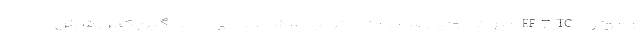
و موتور EF7TC نیز که اوایل سال جاری تولیدی شد، به زودی به گیربکس شش